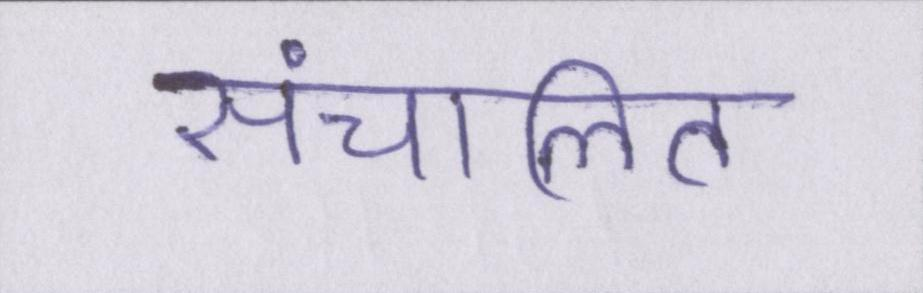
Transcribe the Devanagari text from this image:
संचालित